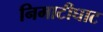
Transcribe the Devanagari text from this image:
निमाटीघाट